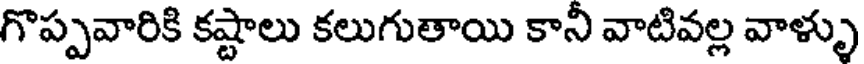
గొప్పవారికి కష్టాలు కలుగుతాయి కాని వాటివల్ల వాళ్ళు